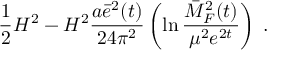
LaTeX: \frac { 1 } { 2 } H ^ { 2 } - H ^ { 2 } \frac { a \bar { e } ^ { 2 } ( t ) } { 2 4 \pi ^ { 2 } } \left( \ln \frac { \bar { M } _ { F } ^ { 2 } ( t ) } { \mu ^ { 2 } e ^ { 2 t } } \right) \; .